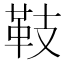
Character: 𩉨